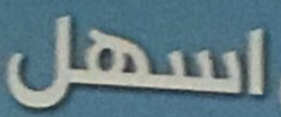
اسهل